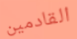
القادمين